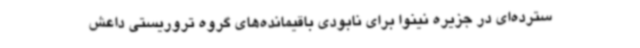
سترده‌ای در جزیره نینوا برای نابودی باقیمانده‌های گروه تروریستی داعش